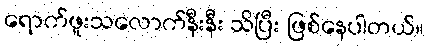
ရောက်ဖူးသလောက်နီးနီး သိပြီး ဖြစ်နေပါတယ်။